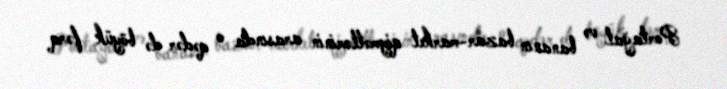
Portağal və bananın bazar-market qiymətlərinin arasında o qədər də böyük fərq